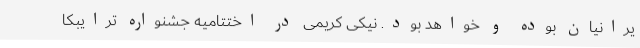
یرانیان بوده و خواهد بود. نیکی کریمی در اختتامیه جشنواره ترایبکا